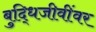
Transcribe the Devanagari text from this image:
बुद्धिजीवींवर